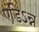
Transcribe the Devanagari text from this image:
एडिऽन्न